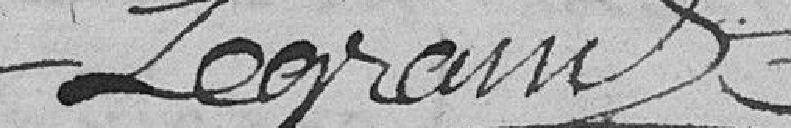
Legrand